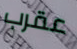
عقرب